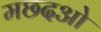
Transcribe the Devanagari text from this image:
मछदओ